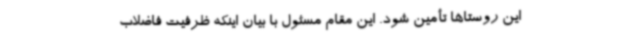
این روستاها تأمین شود. این مقام مسئول با بیان اینکه ظرفیت فاضلاب